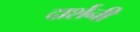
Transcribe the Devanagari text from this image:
दार्शनी